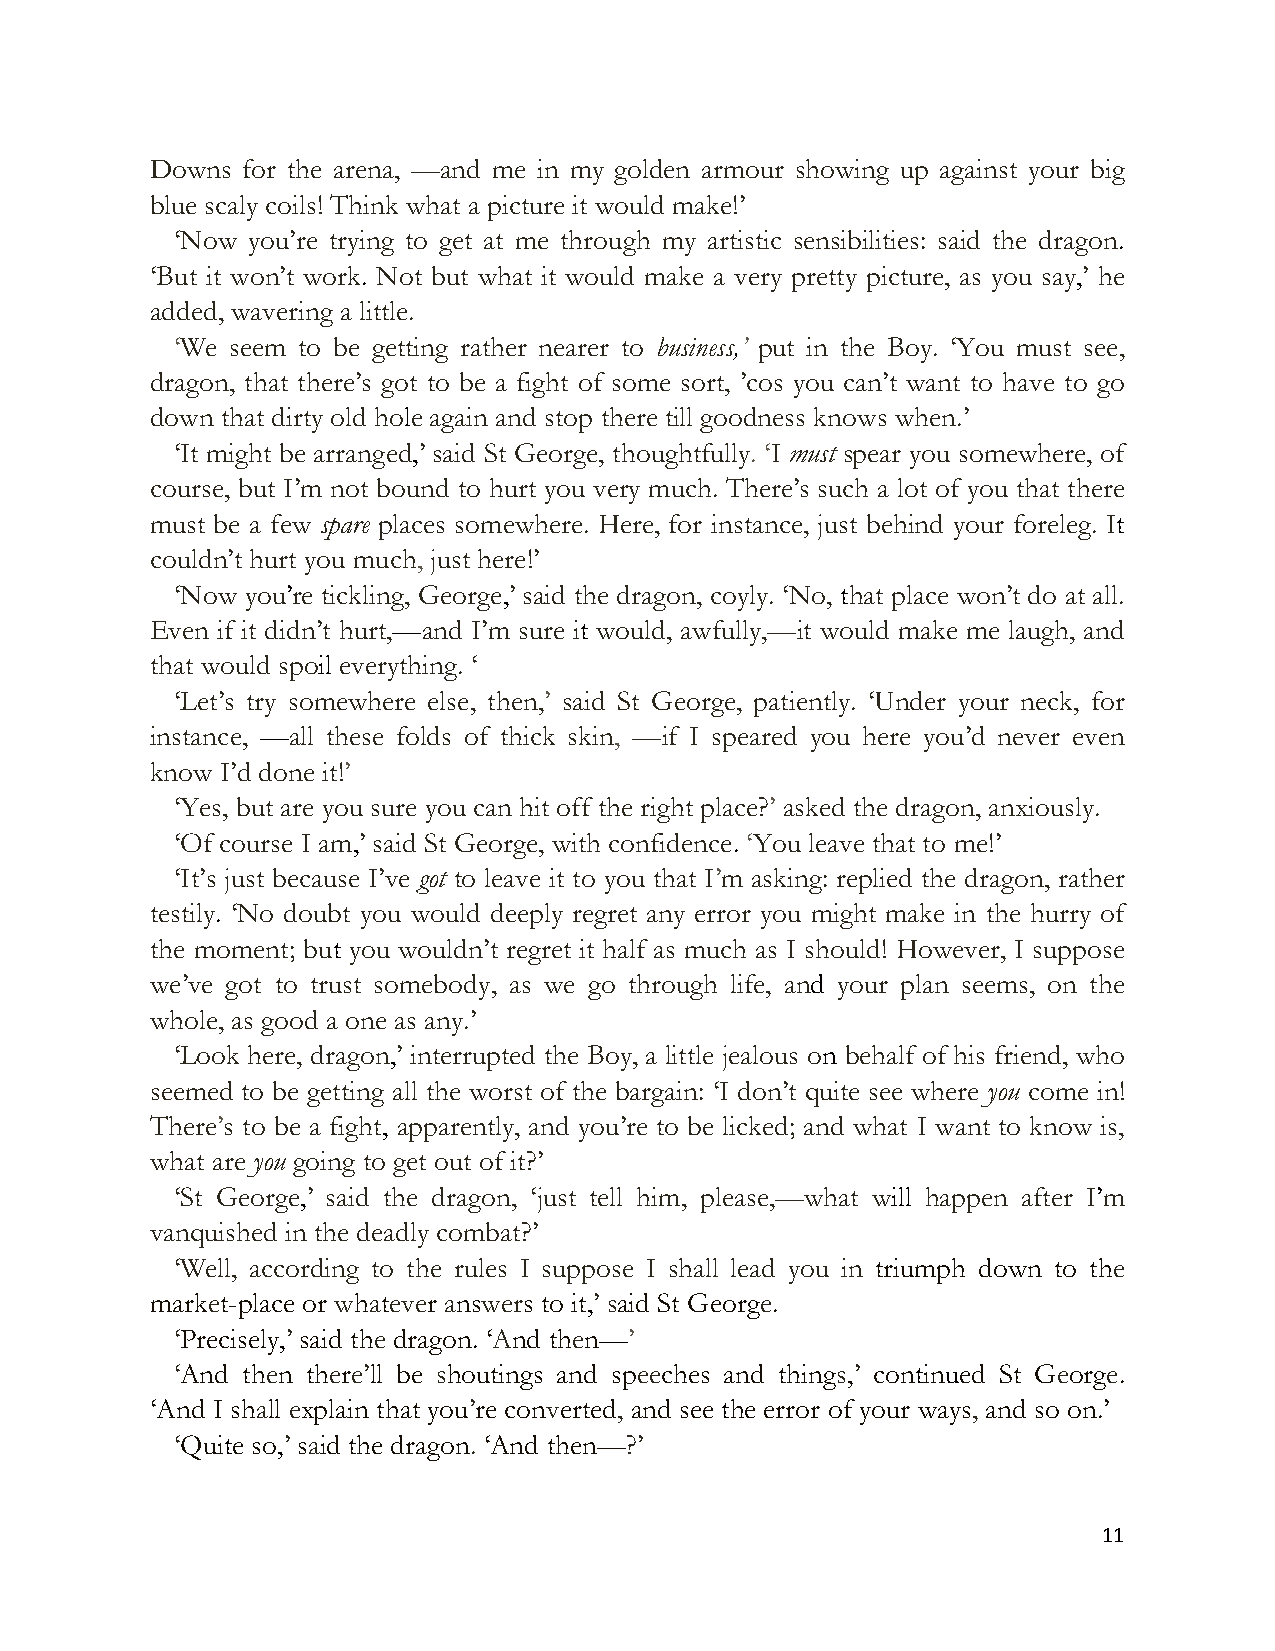
Downs for the arena, —and me in my golden armour showing up against your big
 blue scaly coils! Think what a picture it would make!’
 ‘Now you’re trying to get at me through my artistic sensibilities: said the dragon.
 ‘But it won’t work. Not but what it would make a very pretty picture, as you say,’ he
 added, wavering a little.
 ‘We seem to be getting rather nearer to business,’ put in the Boy. ‘You must see,
 dragon, that there’s got to be a fight of some sort, ’cos you can’t want to have to go
 down that dirty old hole again and stop there till goodness knows when.’
 ‘It might be arranged,’ said St George, thoughtfully. ‘I must spear you somewhere, of
 course, but I’m not bound to hurt you very much. There’s such a lot of you that there
 must be a few spare places somewhere. Here, for instance, just behind your foreleg. It
 couldn’t hurt you much, just here!’
 ‘Now you’re tickling, George,’ said the dragon, coyly. ‘No, that place won’t do at all.
 Even if it didn’t hurt,—and I’m sure it would, awfully,—it would make me laugh, and
 that would spoil everything. ‘
 ‘Let’s try somewhere else, then,’ said St George, patiently. ‘Under your neck, for
 instance, —all these folds of thick skin, —if I speared you here you’d never even
 know I’d done it!’
 ‘Yes, but are you sure you can hit off the right place?’ asked the dragon, anxiously.
 ‘Of course I am,’ said St George, with confidence. ‘You leave that to me!’
 ‘It’s just because I’ve got to leave it to you that I’m asking: replied the dragon, rather
 testily. ‘No doubt you would deeply regret any error you might make in the hurry of
 the moment; but you wouldn’t regret it half as much as I should! However, I suppose
 we’ve got to trust somebody, as we go through life, and your plan seems, on the
 whole, as good a one as any.’
 ‘Look here, dragon,’ interrupted the Boy, a little jealous on behalf of his friend, who
 seemed to be getting all the worst of the bargain: ‘I don’t quite see where you come in!
 There’s to be a fight, apparently, and you’re to be licked; and what I want to know is,
 what are you going to get out of it?’
 ‘St George,’ said the dragon, ‘just tell him, please,—what will happen after I’m
 vanquished in the deadly combat?’
 ‘Well, according to the rules I suppose I shall lead you in triumph down to the
 market-place or whatever answers to it,’ said St George.
 ‘Precisely,’ said the dragon. ‘And then—’
 ‘And then there’ll be shoutings and speeches and things,’ continued St George.
 ‘And I shall explain that you’re converted, and see the error of your ways, and so on.’
 ‘Quite so,’ said the dragon. ‘And then—?’
 !!"
 "